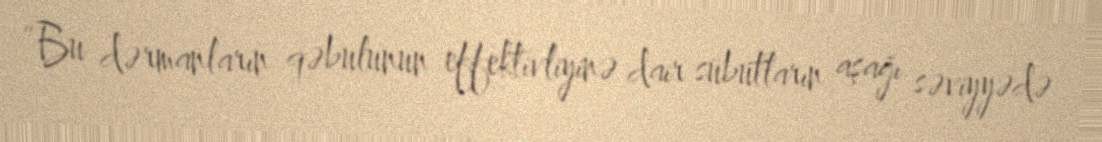
“Bu dərmanların qəbulunun effektivliyinə dair sübutların aşağı səviyyədə